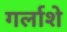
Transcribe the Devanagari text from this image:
गर्लाशे